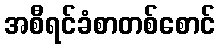
အစီရင်ခံစာတစ်စောင်